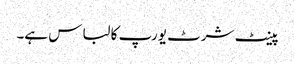
پینٹ شرٹ یورپ کا لباس ہے۔